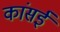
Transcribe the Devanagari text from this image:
कांसई